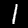
Label: 1